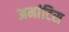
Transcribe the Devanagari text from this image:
अमांटिस